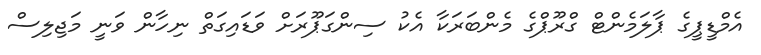
އެމްޑީޕީގެ ޕާލަމެންޓް ގްރޫޕްގެ މެންބަރަކާ އެކު ސިންގަޕޫރަށް ވަޑައިގަތް ނިހާން ވަނީ މަޖިލިސް